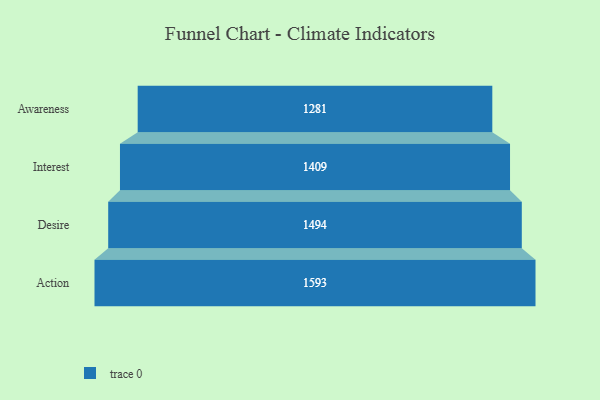
{"axis": {"x": "Stage", "y": "Value"}, "legend": [""], "data": [{"x": "Awareness", "y": 1281.0, "type": ""}, {"x": "Interest", "y": 1409.0, "type": ""}, {"x": "Desire", "y": 1494.0, "type": ""}, {"x": "Action", "y": 1593.0, "type": ""}]}